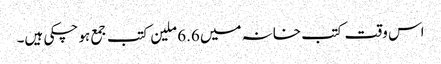
اس وقت کتب خانہ میں 6.6 ملین کتب جمع ہو چکی ہیں۔